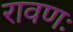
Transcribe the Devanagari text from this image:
रावणः